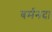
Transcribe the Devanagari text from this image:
बर्मनदा